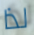
لذا